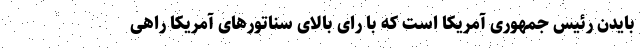
بایدن رئیس جمهوری آمریکا است که با رای بالای سناتورهای آمریکا راهی